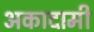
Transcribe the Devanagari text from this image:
अकादामी